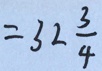
= 3 2 \frac { 3 } { 4 }